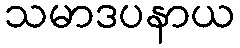
သမာဒပနာယ